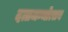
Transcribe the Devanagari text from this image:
दत्तजन्मोत्सव